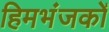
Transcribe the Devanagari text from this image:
हिमभंजकों